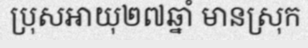
ប្រុសអាយុ២៧ឆ្នាំ មានស្រុក